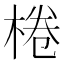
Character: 棬